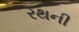
રથની